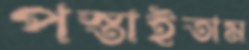
পস্তাইতাম